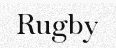
Rugby